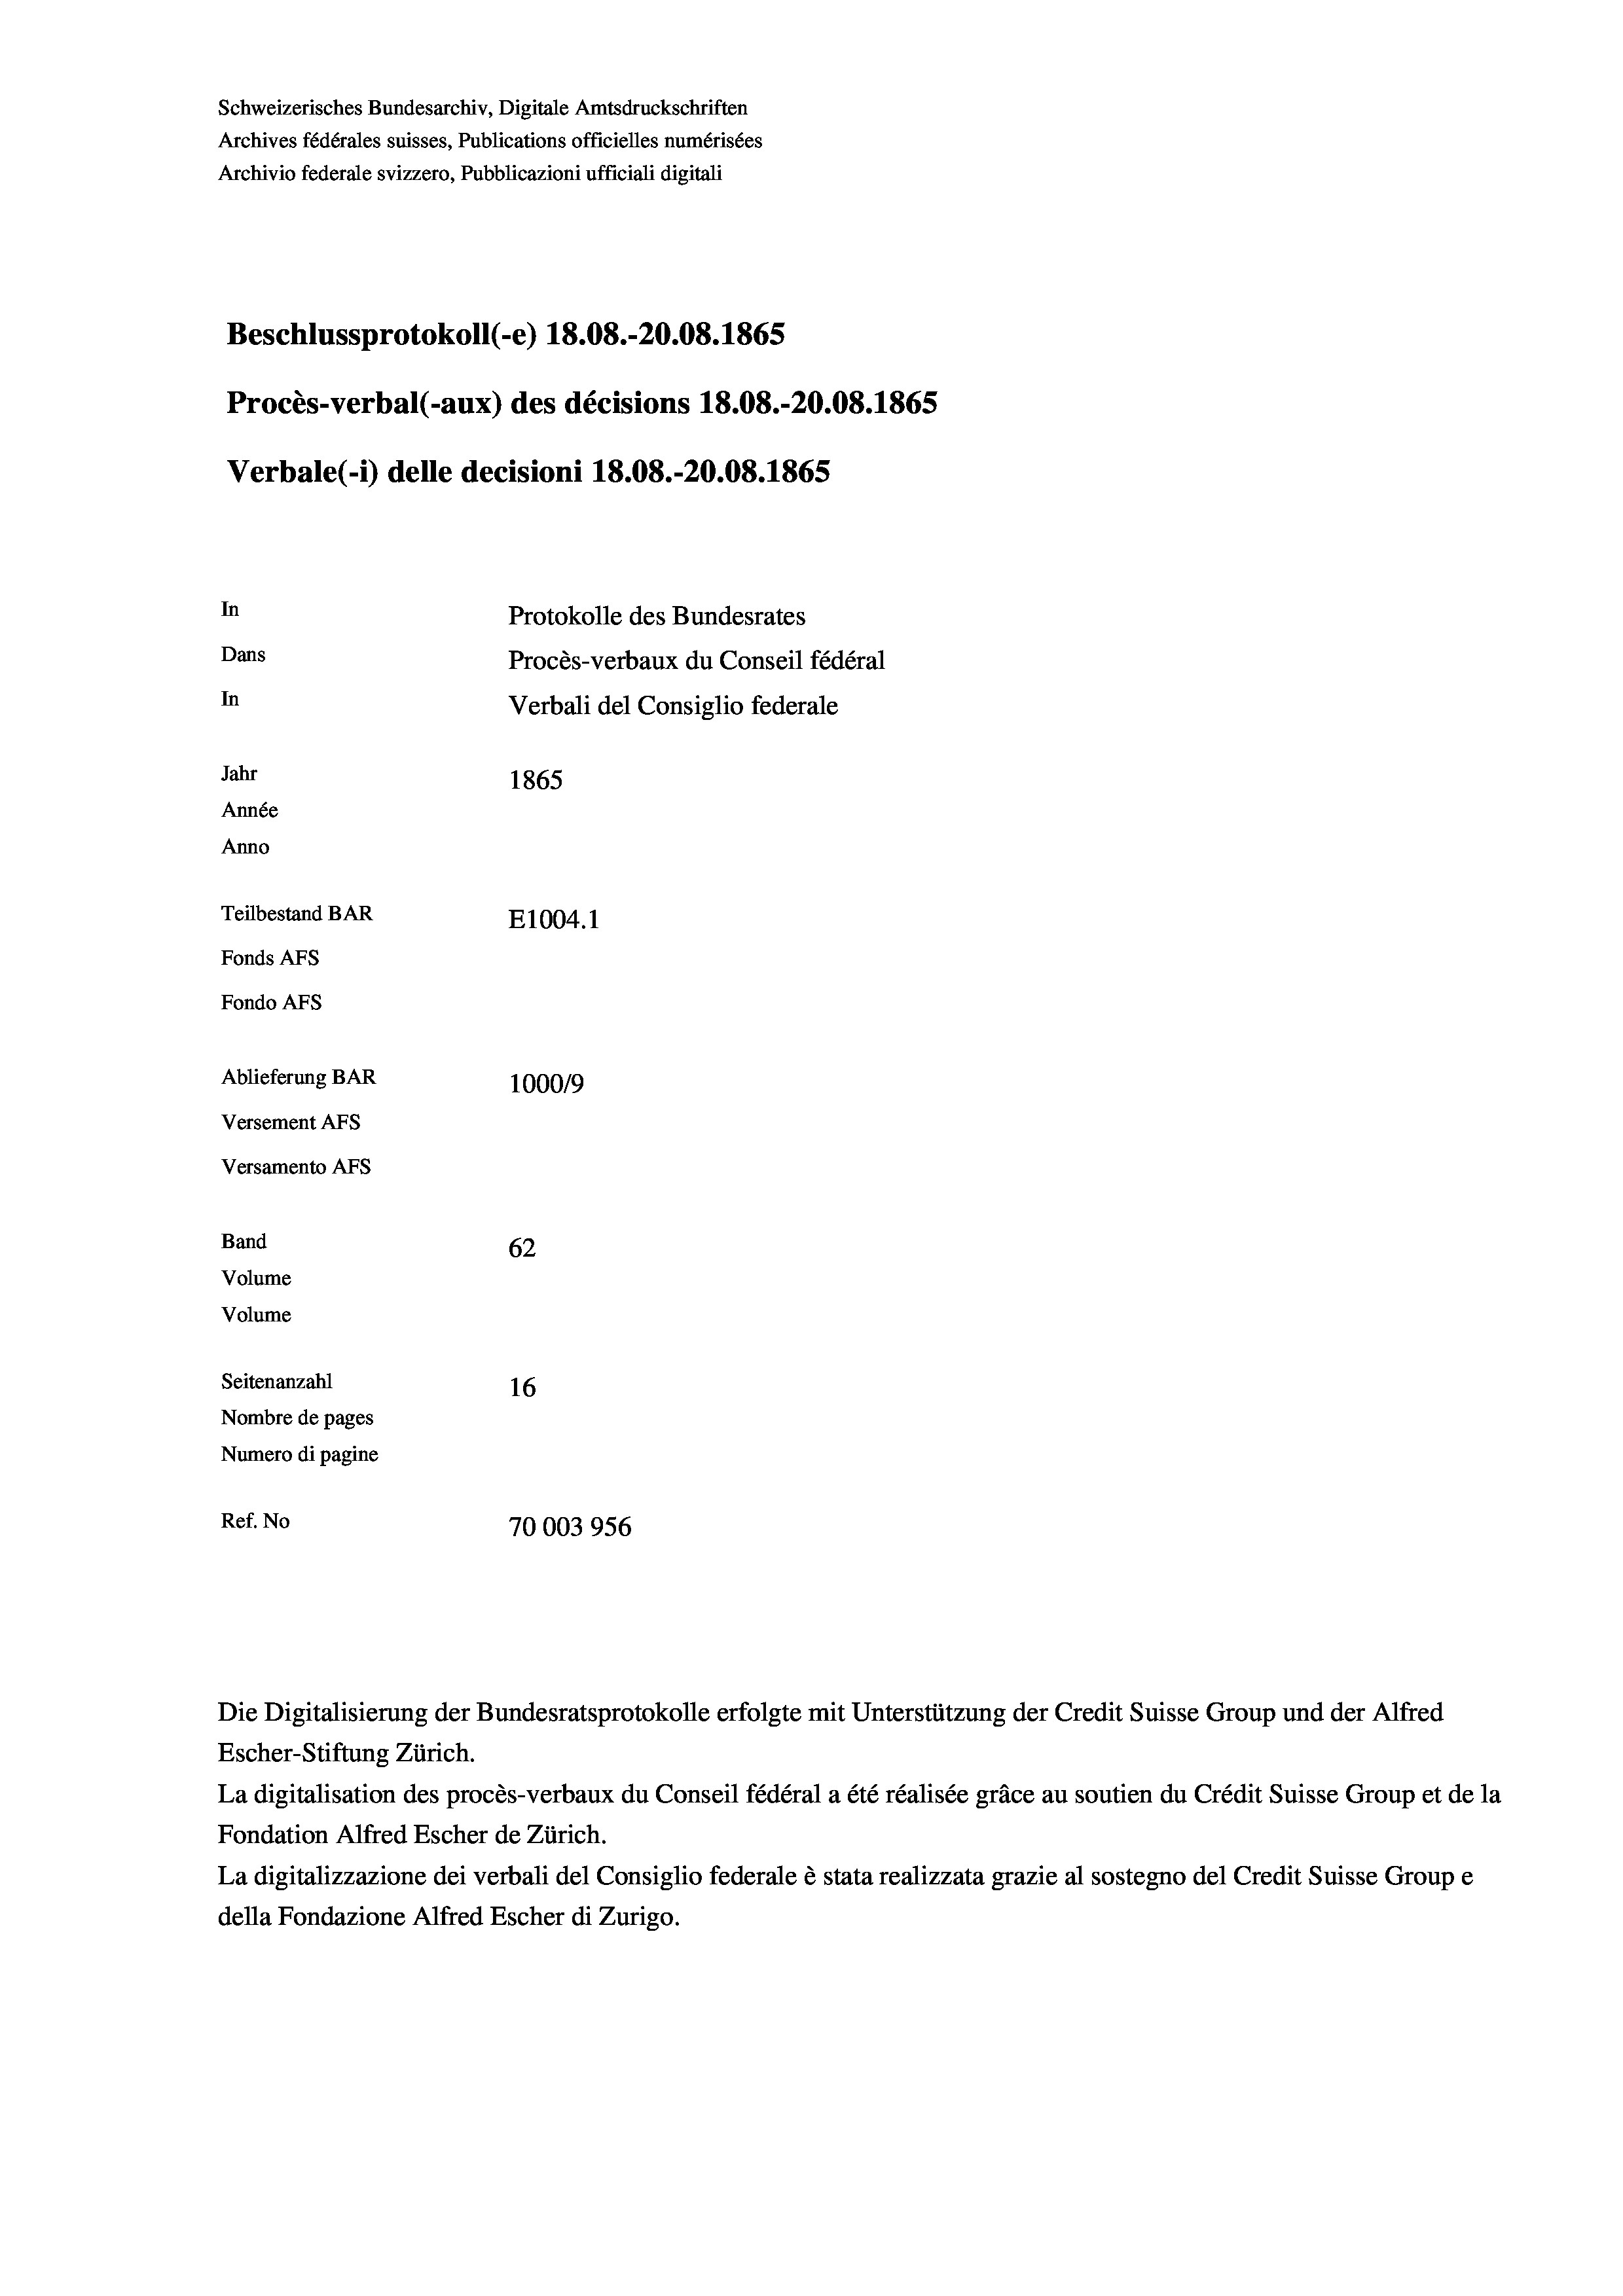
Schweizerisches Bundesarchiv, Digitale Amtsdruckschriften
Archives fédérales suisses, Publications officielles numérisées
Archivio federale svizzero, Pubblicazioni ufficiali digitali
Beschlussprotokoll (-e) 18.08.-20.08. 1865
Procès-verbal (-aux) des décisions 18.08.-20.08. 1865
Verbale(-*) delle decisioni 18.08.-20.08. 1865
In
Protokolle des Bundesrates
Dans
Procès-verbaux du Conseil fédéral
In
Verbali del Consiglio federale
Jahr
1865
Année
Anno
Teilbestand BAR
E1004. 1
Fonds AFs
Fondo Afs
Ablieferung BAR
100019
Versement Ans
Versamento Afs
Band
62
Volume
Volume
Seitenanzahl
16
Nombre de pages
Numero di pagine
Ref. No
70003956

Escher-Stiftung Zürich.
La digitalisation des procès-verbaux du Conseil fédéral a été réalisée gräce au soutien du Crédit Suisse Group et de la
Fondation Alfred Escher de Zürich.
La digitalizzazione dei verbali del Consiglio federale è stata realizzata grazie al sostegno del Credit Suisse Groupe
della Fondazione Alfred Escher di Zurigo.

Die Digitalisierung der Bundesratsprotokolle erfolgte mit Unterstützung der Credit Suisse Group und der Alfred